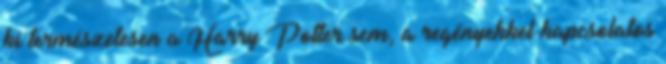
ki természetesen a Harry Potter sem, a regényekkel kapcsolatos